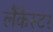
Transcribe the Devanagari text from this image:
लैंकैस्टर